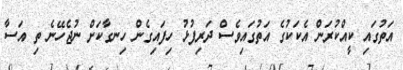
އަތުގައި ކީއްކުރަން އެކަކުގެ އަތުގައިވެސް ދަރިފުޅު ހިފައިގެން ހިނގާކަށް ނުޖެހޭނެ ތި އަސާ